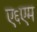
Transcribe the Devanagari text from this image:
ए६एम